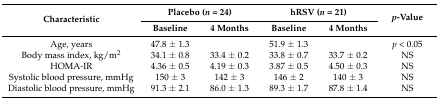
<table><thead><tr><td rowspan="2"><b>Characteristic</b></td><td colspan="2"><b>Placebo (<i>n</i> = 24)</b></td><td colspan="2"><b>hRSV (<i>n</i> = 21)</b></td><td rowspan="2"><b><i>p</i>-Value</b></td></tr><tr><td><b>Baseline</b></td><td><b>4 Months</b></td><td><b>Baseline</b></td><td><b>4 Months</b></td></tr></thead><tbody><tr><td>Age, years</td><td>47.8 ± 1.3</td><td></td><td>51.9 ± 1.3</td><td></td><td><i>p</i> &lt; 0.05</td></tr><tr><td>Body mass index, kg/m<sup>2</sup></td><td>34.1 ± 0.8</td><td>33.4 ± 0.2</td><td>33.8 ± 0.7</td><td>33.7 ± 0.2</td><td>NS</td></tr><tr><td>HOMA-IR</td><td>4.36 ± 0.5</td><td>4.19 ± 0.3</td><td>3.87 ± 0.5</td><td>4.50 ± 0.3</td><td>NS</td></tr><tr><td>Systolic blood pressure, mmHg</td><td>150 ± 3</td><td>142 ± 3</td><td>146 ± 2</td><td>140 ± 3</td><td>NS</td></tr><tr><td>Diastolic blood pressure, mmHg</td><td>91.3 ± 2.1</td><td>86.0 ± 1.3</td><td>89.3 ± 1.7</td><td>87.8 ± 1.4</td><td>NS</td></tr></tbody></table>